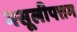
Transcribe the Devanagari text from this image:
मसूलीपत्तम